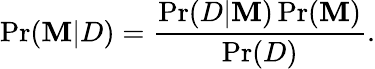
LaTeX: \operatorname*{Pr}(\mathbf{M}|D)={\frac{{\operatorname*{Pr}(D|\mathbf{M})\operatorname*{Pr}(\mathbf{M})}}{{\operatorname*{Pr}(D)}}}.